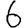
Digit: 6